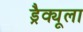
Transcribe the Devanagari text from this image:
ड्रैक्यूला